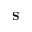
\mathbf { S }